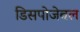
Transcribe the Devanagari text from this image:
डिसपोजेबल